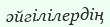
әйгілілердің